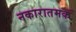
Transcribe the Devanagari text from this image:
नकारातमक